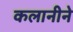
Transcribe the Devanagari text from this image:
कलानीने